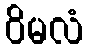
ဝိမလံ